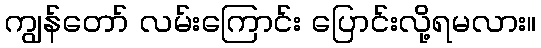
ကျွန်တော် လမ်းကြောင်း ပြောင်းလို့ရမလား။